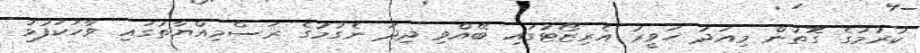
ކުރުމުގެ ގޮތުން މިއަދު ހަވީރު އެރިޒޯޓުގައި ބޭއްވި ދިދަ ނެގުމުގެ ރަސްމިއްޔާތުގައި ވާހަކަފުޅު